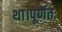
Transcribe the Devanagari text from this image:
था।पूर्णतः